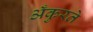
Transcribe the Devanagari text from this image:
अँकुरते